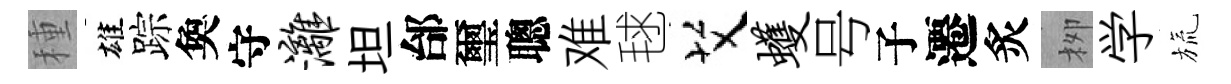
種雄踪奐守漓坦邰璽聰难毬艾蠖号子遷炙栁学旒